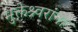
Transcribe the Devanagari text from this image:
मुक्तेश्र्वरांना